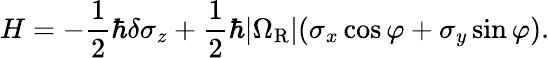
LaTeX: H=-\frac{1}{2}\hbar\delta\sigma_{z}+\frac{1}{2}\hbar|\Omega_{\mathrm{R}}|(\sigma_{x}\cos\varphi+\sigma_{y}\sin\varphi).